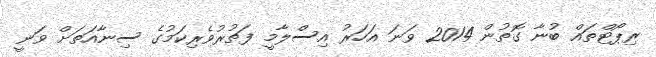
ރިޕޯޓްތައް ބުނާ ގޮތުން 2014 ވަނަ އަހަރު އިސްލާމީ ފަތުރުވެރިކަމުގެ ސިނާއަތަށް ވަނީ